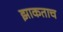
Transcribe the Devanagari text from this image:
झाकताच